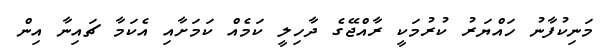
މަނިކުފާނު ހައްޔަރު ކުރުމަކީ ރާއްޖޭގެ ދާހިލީ ކަމެއް ކަމަށާއި އެކަމާ ޗައިނާ އިން